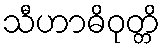
သီဟာဓိဝုတ္တိ